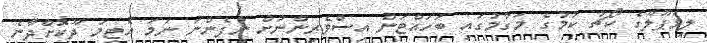
ލިވަޕޫލްގެ ކޯޗު ކަމުގެ މަގާމުގައި ބަހައްޓަން އިސްވެރިންނަށް ނުފެންނަ ނަމަ އެޓީމު ދޫކޮށްދާނެ